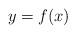
\begin{align*}y=f(x)\end{align*}